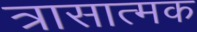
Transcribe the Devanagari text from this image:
त्रासात्मक